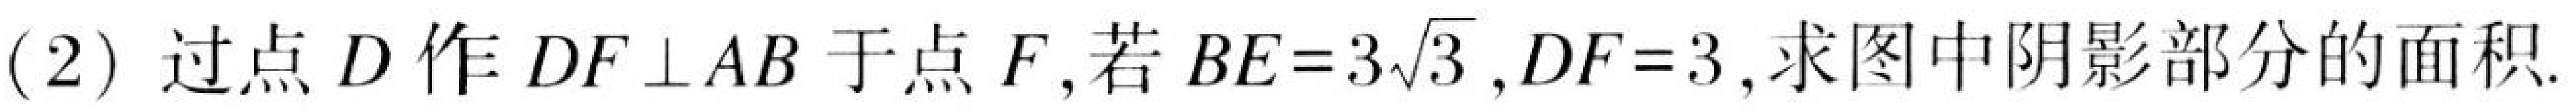
(2) 过点\(D\)作\(DF\perp AB\)于点\(F\),若\(BE = 3\sqrt{3}\),\(DF = 3\),求图中阴影部分的面积.